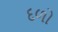
દળો